Kaarli_hariduselts_Sade, lk 14
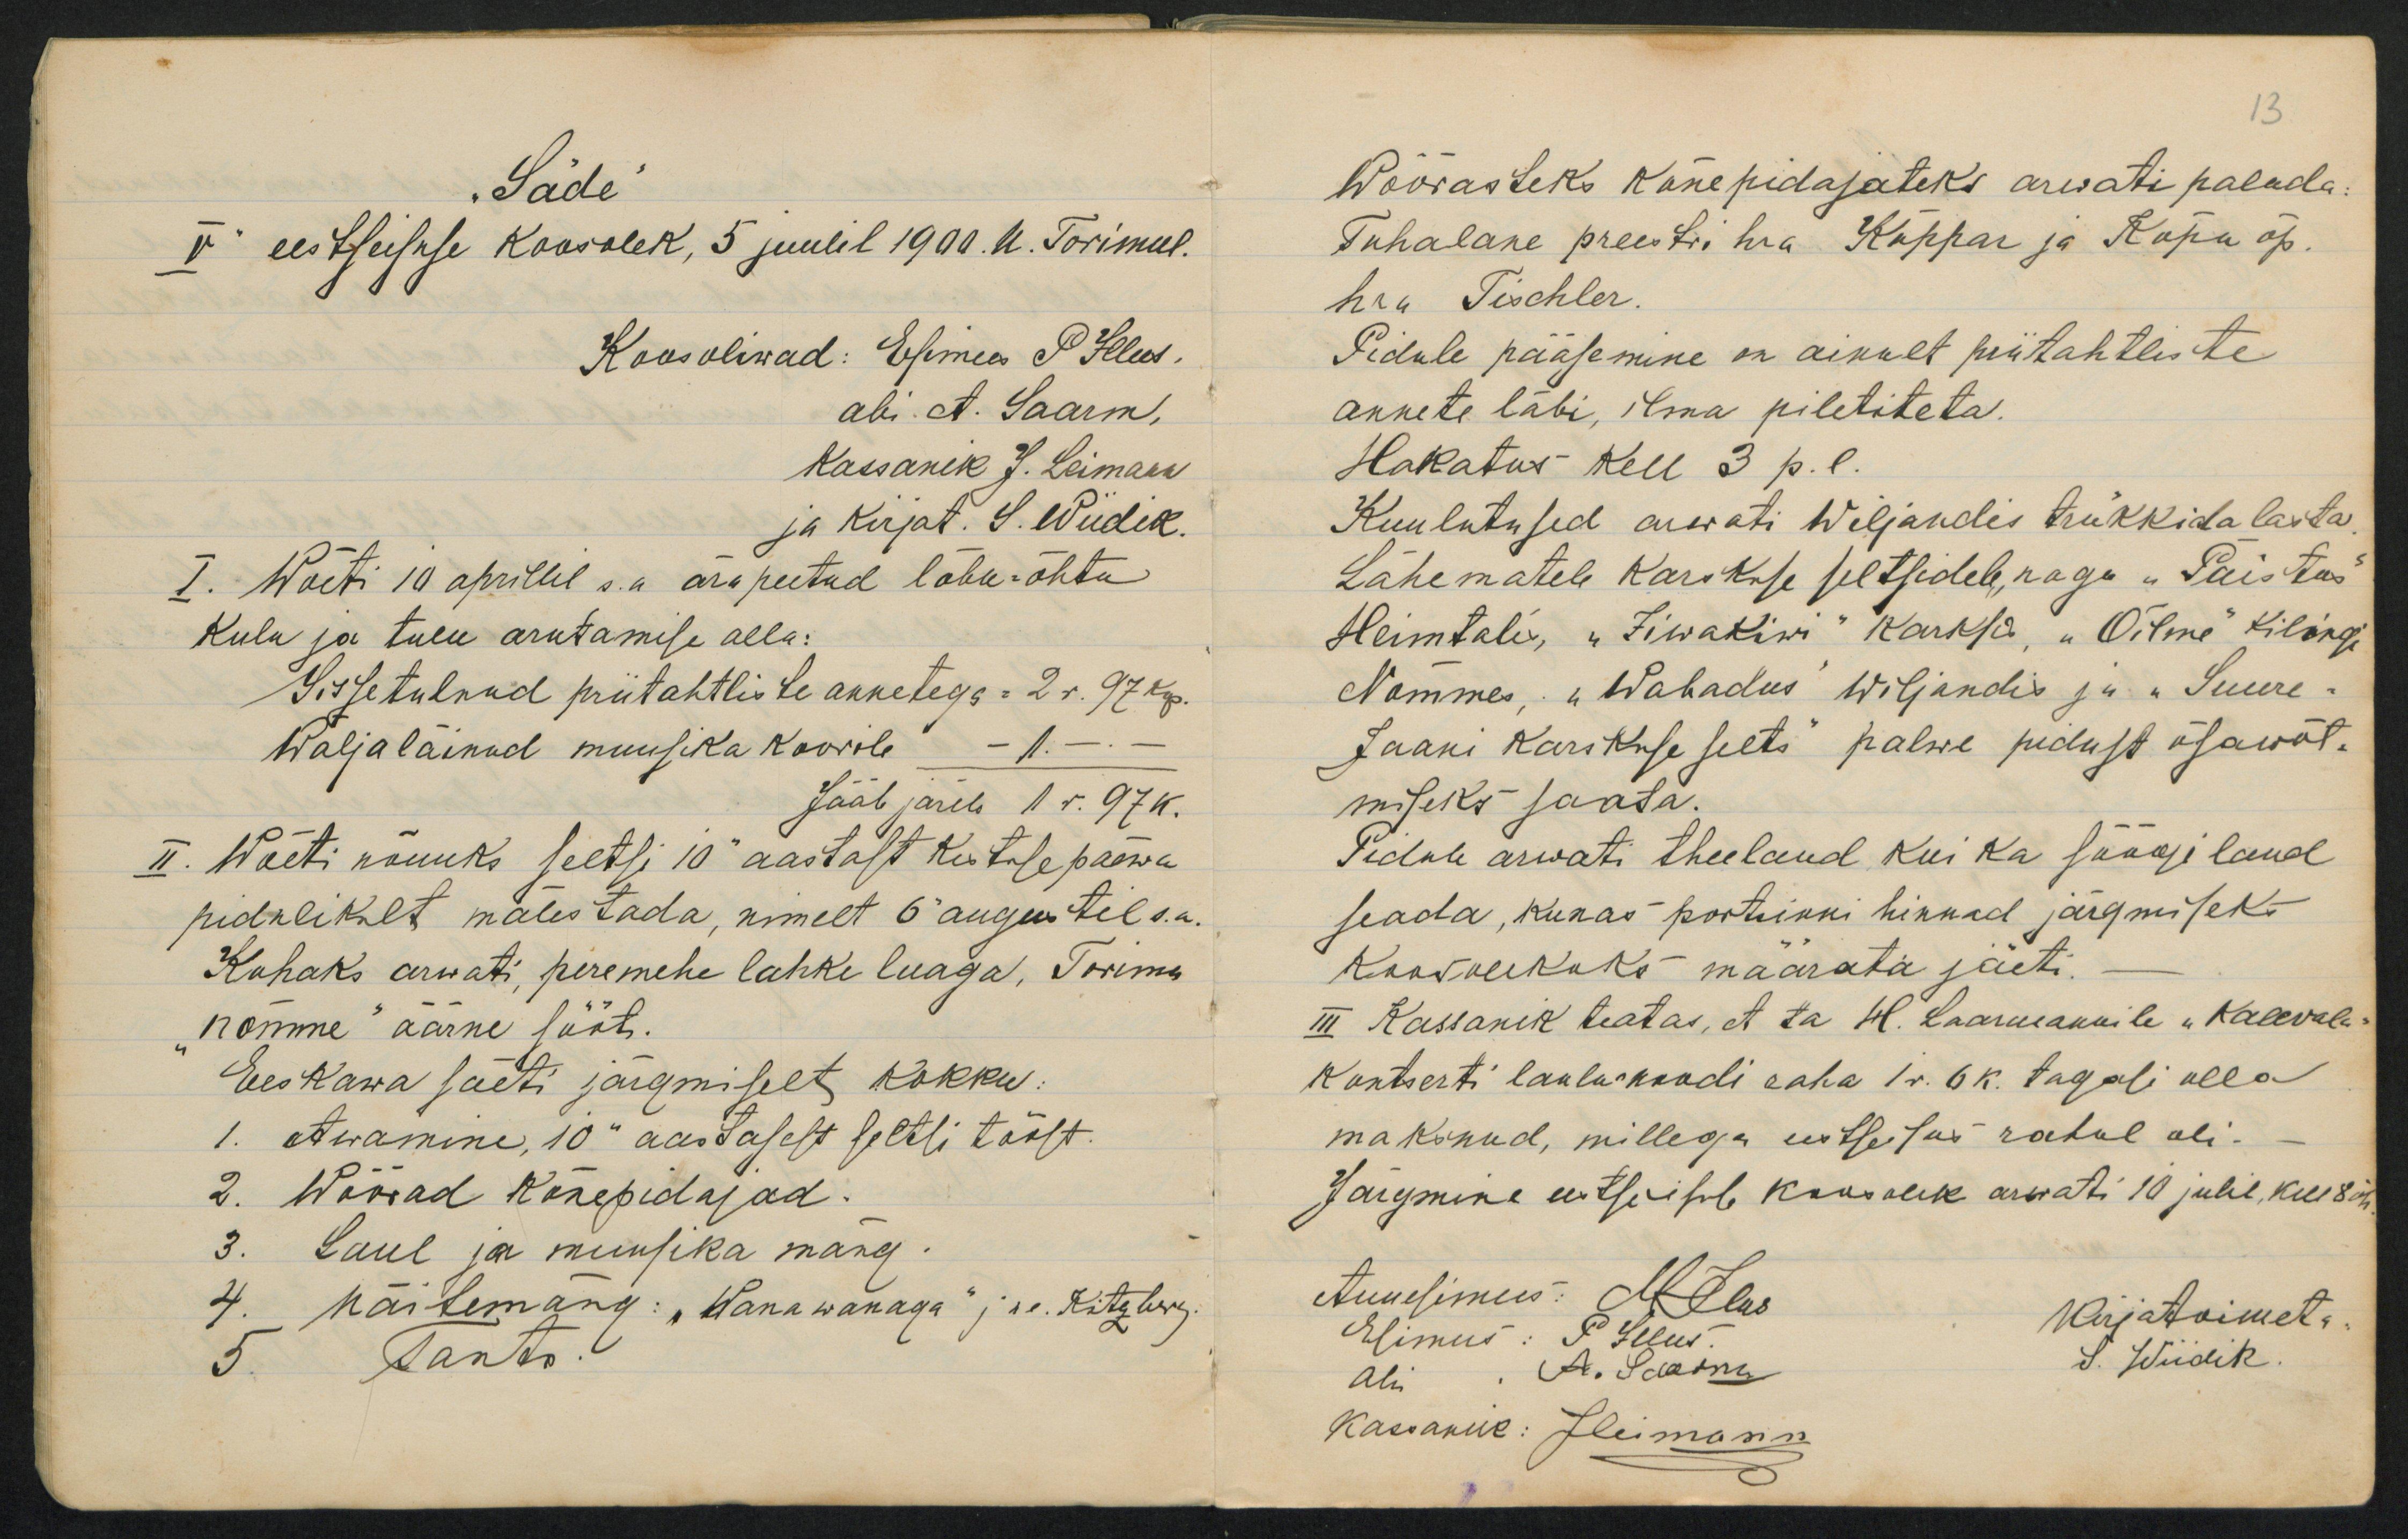
„SädeII eestseisuse Koosolek, 5 juulel 1990.n. Tõrimeel.I. Woeti 10 aprillil s.a ärapeetud lähu-õhtuKulu ja tulu arutamise alla:Sissetulnud priitahtliste annetega. 2r.97 4p.Waljaläinud muusika RoorileJääb järeb 1 r.97k.II. Waeti nõuuks seetsi 10 aastast Reitalepäewapidulikalt malestada, nimelt 6 augutel s.a.Kohaks arwati, peremehe lahke luaga, Tormunomme äarne lööti.EesKawa säeti järgmiselt kokku.1. Awamine, 10a aastasest seltli taost.2. Wäörad Ränepidajad.Laul ja muusika mäng.härlemang: "Wanawanaga" jre. Ritalr

Wöörasteks känepidajateks arwati paluda.Tuhalane preestri hra Koppar ja Rapu õp.hru Tischler.Pidule pääsemine on aikult piütahtlistteannete läbi, ilma piletiteta.Hakatus Kell 3 p.l.Kuulutused aiwati Wiljandis trukkida lastaLähematele Karoksse seltsidele, nagu "PaistusHeimtali, "Iiwakiwi" karksa. "Õilme kilingiNammes " Wahadus wiljandis ju "Suure.Jaani karikuse selts palwe pidust osawõt.miseks saata.Pidule arwati theelaud kui ka süögi laudseada, kunas portikki hinnad järgmiseksRoovolikoks maarata jäeti.III Rassanik teatas, et ta ül. Laarmannile "KaeevaleKontserti lauluskoodi eaha 1r. 6k. tagasi ullama kanud, millega estsesus rahul oli-Jargmine eestsuiseb kaosolik arwati 10 julil, kell 8 0nMrjatoimet..Wiidik.